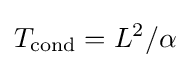
T_{\text{cond}}=L^{2}/\alpha